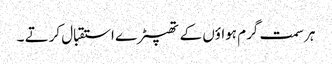
ہر سمت گرم ہواؤں کے تھپیڑے استقبال کرتے ۔